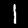
Label: 1